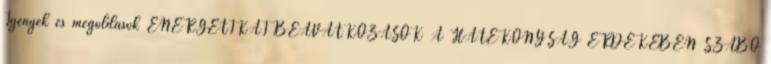
Igények és megoldások ENERGETIKAI BEAVATKOZÁSOK A HATÉKONYSÁG ÉRDEKÉBEN SZABÓ